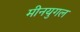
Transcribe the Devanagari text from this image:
मीनयुगल